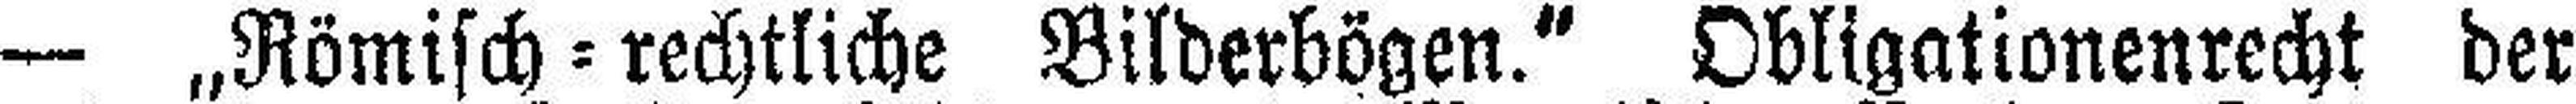
— „Römisch=rechtliche Bilderbögen.“ Obligationenrecht der